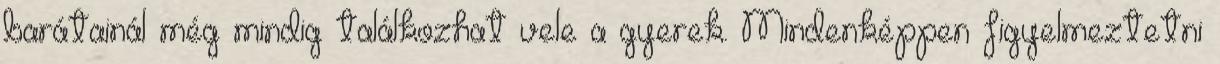
barátainál még mindig találkozhat vele a gyerek. Mindenképpen figyelmeztetni